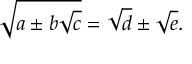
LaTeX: { \sqrt { a \pm b { \sqrt { c } } } } = { \sqrt { d } } \pm { \sqrt { e } } .